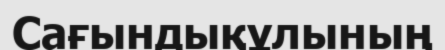
Сағындықұлының